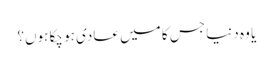
یا وہ دنیا جس کا میں عادی ہو چکا ہوں؟